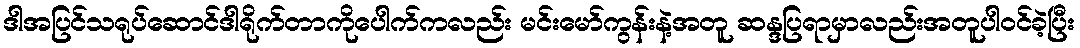
ဒါအပြင်သရုပ်ဆောင်ဒါရိုက်တာကိုပေါက်ကလည်း မင်းမော်ကွန်းနဲ့အတူ ဆန္ဒပြရာမှာလည်းအတူပါဝင်ခဲ့ပြီး